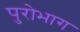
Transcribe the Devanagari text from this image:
पुरोभाग